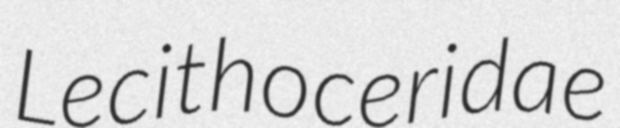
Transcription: Lecithoceridae